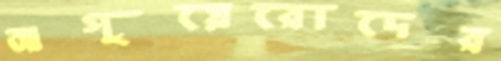
আগুয়েরোদের